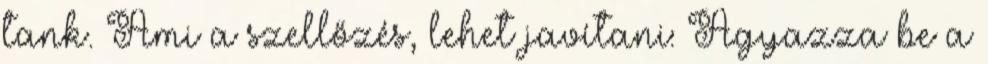
tank. Ami a szellőzés, lehet javítani: Ágyazza be a